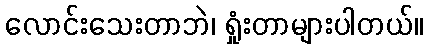
လောင်းသေးတာဘဲ၊ ရှုံးတာများပါတယ်။